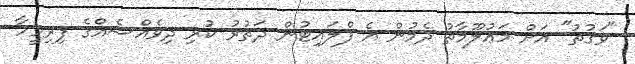
"ވަގުތު" އަށް މަޢުލޫމާތު ދެމުން އެ ފްލައިޓުން ދަތުރު ކުރި ދިވެއްސެއްގެ ފިރިމީހާ